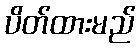
ပိတ်ထားမည်